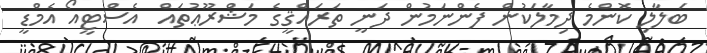
ބަލާލި ކޮންމެ ދިމާލަކުން ފެންނަމުން ދަނީ ތަރައްޤީގެ މަޝްރޫޢުތައް  އެސްޓީއޯ އެމްޑީ